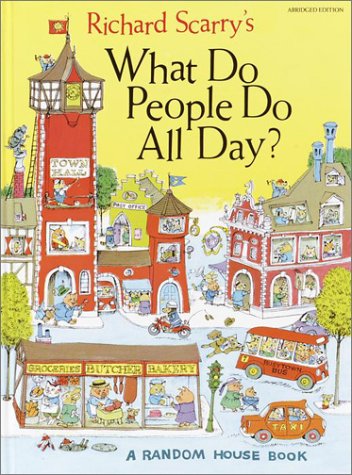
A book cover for What Do People Do All Day?; Richard Scarry; Children's Books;